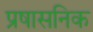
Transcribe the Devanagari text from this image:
प्रषासनिक